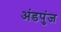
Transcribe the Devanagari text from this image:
अंडपुंज